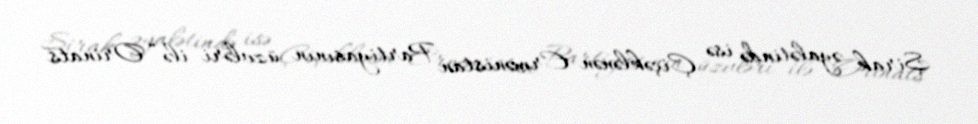
Şirak əyalətində isə Çiçəklənən Ermənistan Partiyasının üzvləri ilə “Orinats